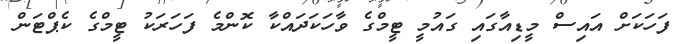
ފަހަކަށް އައިސް މީޑިއާގައި ގައުމީ ޓީމްގެ ވާހަކަދައްކާ ކޮންމެ ފަހަރަކު ޓީމްގެ ކެޕްޓަން